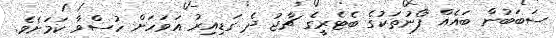
ސަބަބުން ބައެއް ފޯނުތަކުގެ ބެޓެރީގެ ޗާޖު ދެ ގަޑިއިރު އަވަހަށް ހުސްވާ ކަމަށެވެ.